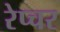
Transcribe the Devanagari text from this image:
रेप्चर